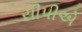
સીપીએ